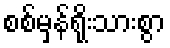
စစ်မှန်ရိုးသားစွာ